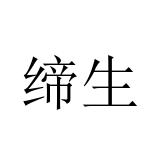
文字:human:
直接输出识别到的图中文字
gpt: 缔生